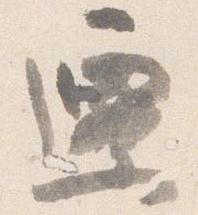
遷